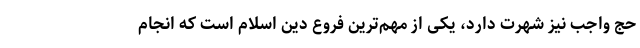
حج واجب نیز شهرت دارد، یکی از مهم‌ترین فروع دین اسلام است که انجام